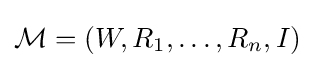
{\mathcal {M}}=(W,R_{1},\ldots ,R_{n},I)